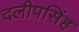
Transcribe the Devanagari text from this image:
दलीपसिंह